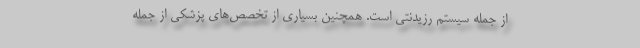
از جمله سیستم رزیدنتی است. همچنین بسیاری از تخصص‌های پزشکی از جمله